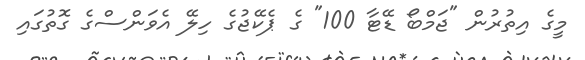
މީގެ އިތުރުން "ޖަމްބޯ ޑޭޓާ 100" ގެ ޕެކޭޖުގެ ހިލޭ އެވަންސްގެ ގޮތުގައި